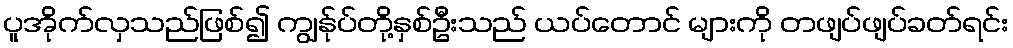
ပူအိုက်လှသည်ဖြစ်၍ ကျွန်ုပ်တို့နှစ်ဦးသည် ယပ်တောင် များကို တဖျပ်ဖျပ်ခတ်ရင်း